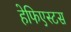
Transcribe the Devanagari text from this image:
हेफिएस्टस